Vaccine operations Central Provinces 1886-1899 - 1886-1899
Year: 1886
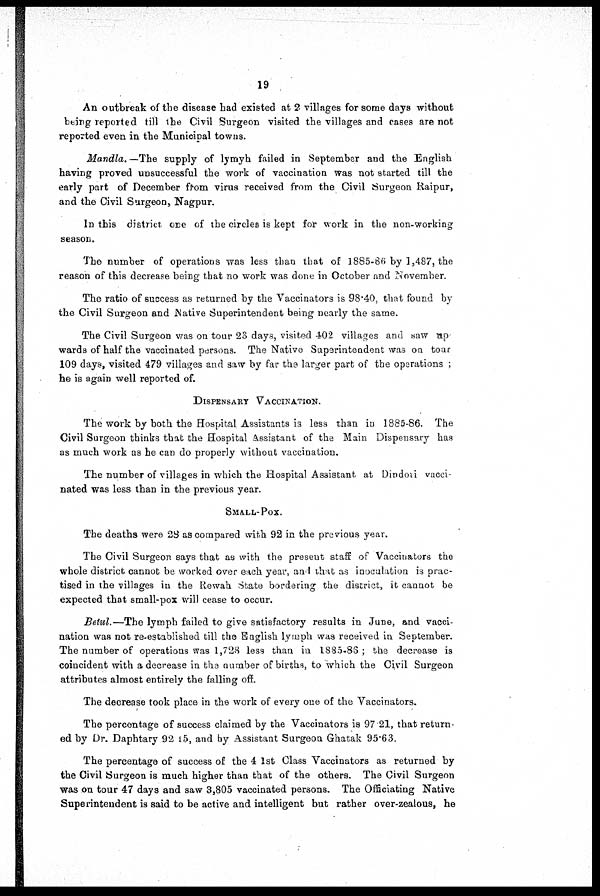
19
An outbreak of the disease had existed at 2 villages for some days without
being reported till the Civil Surgeon visited the villages and cases are not
reported even in the Municipal towns.
Mandla. — The supply of lymyh failed in September and the English
having proved unsuccessful the work of vaccination was not started till the
early part of December from virus received from the Civil Surgeon Raipur,
and the Civil Surgeon, Nagpur.
In this district one of the circles is kept for work in the non-working
season.
The number of operations was less than that of 1885-86 by 1,487, the
reason of this decrease being that no work was done in October and November.
The ratio of success as returned by the Vaccinators is 98.40, that found by
the Civil Surgeon and Native Superintendent being nearly the same.
The Civil Surgeon was on tour 23 days, visited 402 villages and saw up
wards of half the vaccinated persons. The Native Superintendent was on tour
109 days, visited 479 villages and saw by far the larger part of the operations ;
he is again well reported of.
DISPENSARY VACCINATION.
The work by both the Hospital Assistants is less than in 1885-86. The
Civil Surgeon thinks that the Hospital Assistant of the Main Dispensary has
as much work as he can do properly without vaccination.
The number of villages in which the Hospital Assistant at Dindori vacci-
nated was less than in the previous year.
SMALL-POX.
The deaths were 28 as compared with 92 in the previous year.
The Civil Surgeon says that as with the present staff of Vaccinators the
whole district cannot be worked over each year, and that as inoculation is prac-
tised in the villages in the Rewah State bordering the district, it cannot be
expected that small-pox will cease to occur.
Betul.—The lymph failed to give satisfactory results in June, and vacci-
nation was not re-established till the English lymph was received in September.
The number of operations was 1,728 less than in 1885-86 ; the decrease is
coincident with a decrease in the number of births, to which the Civil Surgeon
attributes almost entirely the falling off.
The decrease took place in the work of every one of the Vaccinators.
The percentage of success claimed by the Vaccinators is 97.21, that return-
ed by Dr. Daphtary 92.15, and by Assistant Surgeon Ghatak 95.63.
The percentage of success of the 4 1st Class Vaccinators as returned by
the Civil Surgeon is much higher than that of the others. The Civil Surgeon
was on tour 47 days and saw 3,805 vaccinated persons. The Officiating Native
Superintendent is said to be active and intelligent but rather over-zealous, he